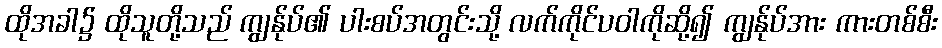
ထိုအခါ၌ ထိုသူတို့သည် ကျွန်ုပ်၏ ပါးစပ်အတွင်းသို့ လက်ကိုင်ပဝါကိုဆို့၍ ကျွန်ုပ်အား ကားတစ်စီး